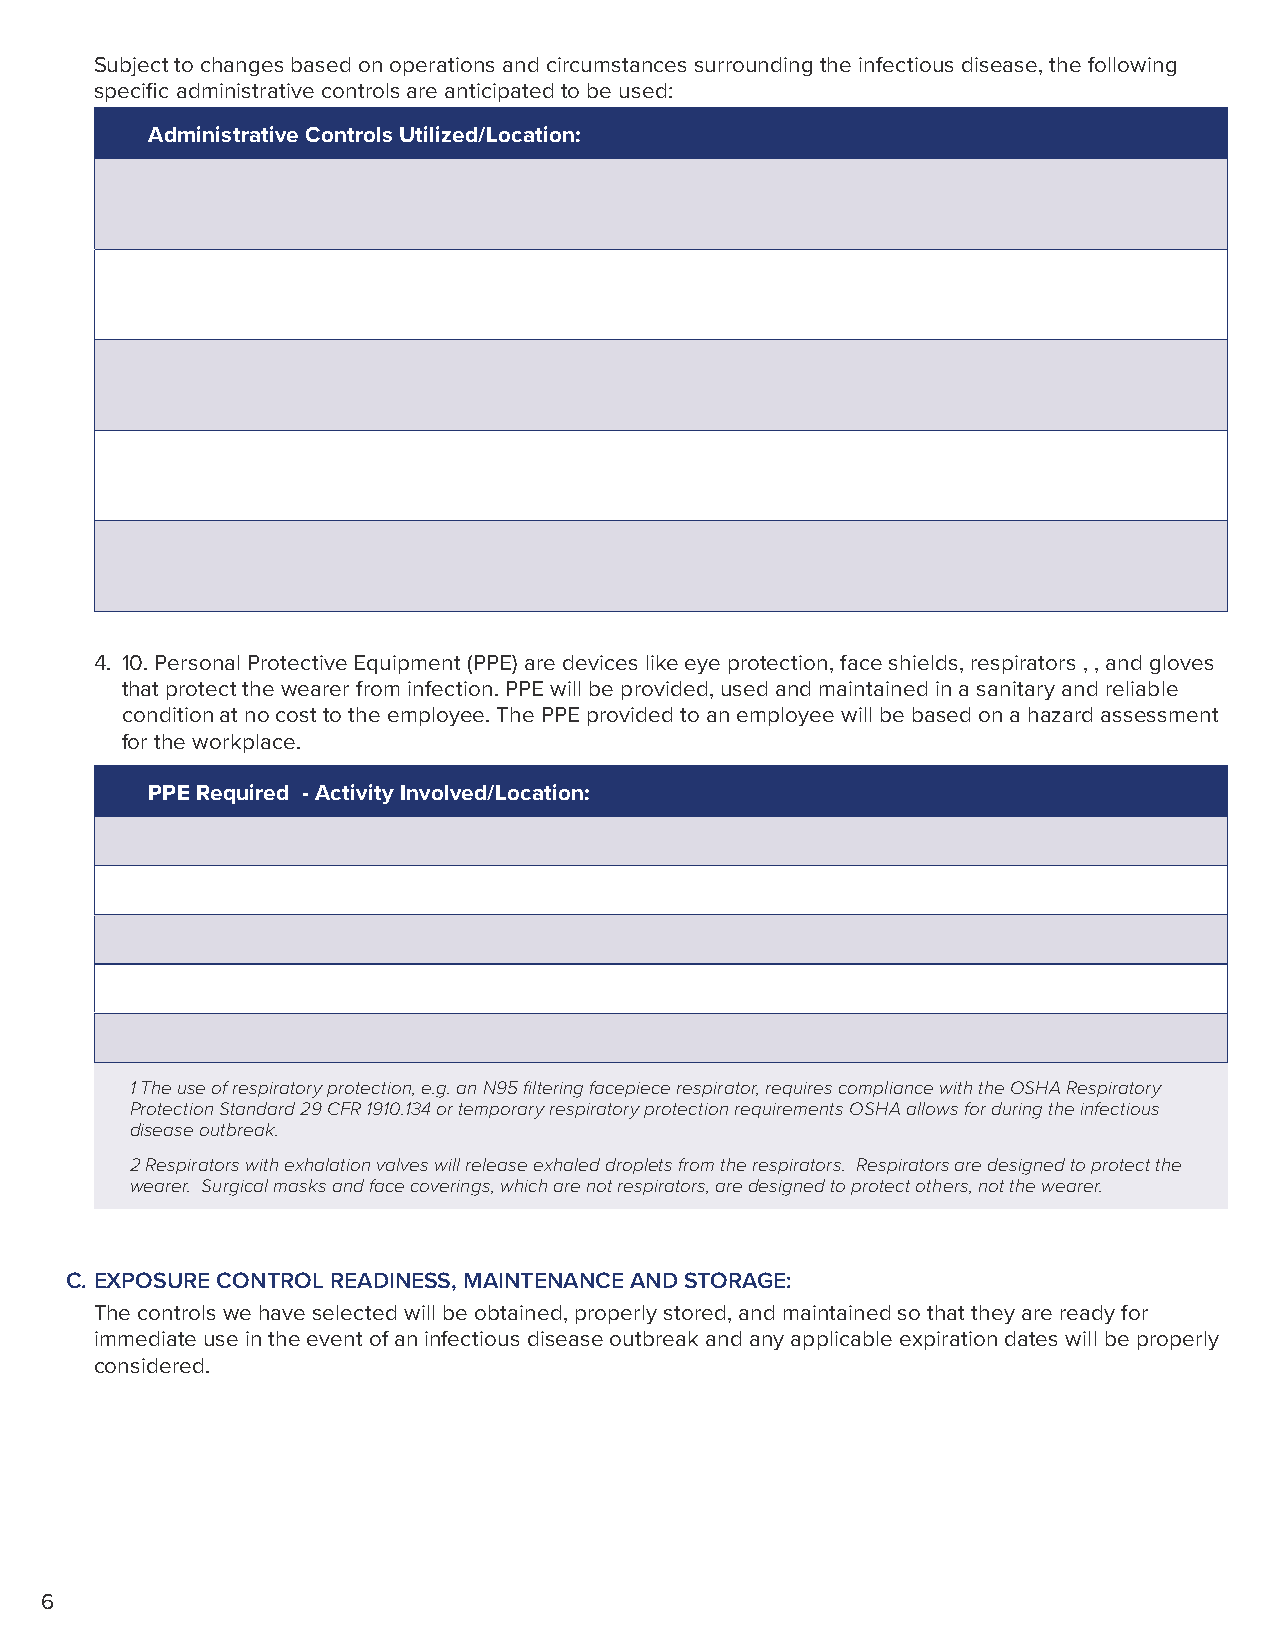
Subject to changes based on operations and circumstances surrounding the infectious disease, the following
 specific administrative controls are anticipated to be used:
 Administrative Controls Utilized/Location:
 4. 10. Personal Protective Equipment (PPE) are devices like eye protection, face shields, respirators , , and gloves
 that protect the wearer from infection. PPE will be provided, used and maintained in a sanitary and reliable
 condition at no cost to the employee. The PPE provided to an employee will be based on a hazard assessment
 for the workplace.
 PPE Required - Activity Involved/Location:
 1 The use of respiratory protection, e.g. an N95 filtering facepiece respirator, requires compliance with the OSHA Respiratory
 Protection Standard 29 CFR 1910.134 or temporary respiratory protection requirements OSHA allows for during the infectious
 disease outbreak.
 2 Respirators with exhalation valves will release exhaled droplets from the respirators. Respirators are designed to protect the
 wearer. Surgical masks and face coverings, which are not respirators, are designed to protect others, not the wearer.
 C. EXPOSURE CONTROL READINESS, MAINTENANCE AND STORAGE:
 The controls we have selected will be obtained, properly stored, and maintained so that they are ready for
 immediate use in the event of an infectious disease outbreak and any applicable expiration dates will be properly
 considered.
 6